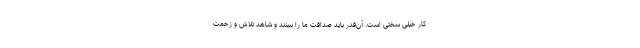
کار خیلی سختی است. آن‌قدر باید صداقت ما را ببینند و شاهد تلاش و زحمت